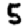
Digit: 5